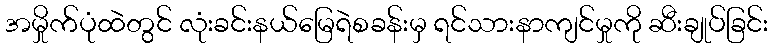
အမှိုက်ပုံထဲတွင် လုံးခင်းနယ်မြေရဲစခန်းမှ ရင်သားနာကျင်မှုကို ဆီးချုပ်ခြင်း